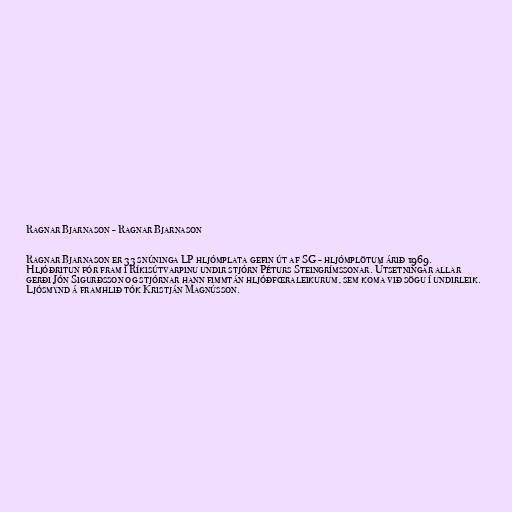
Ragnar Bjarnason - Ragnar Bjarnason

Ragnar Bjarnason er 33 snúninga LP hljómplata gefin út af SG - hljómplötum árið 1969.
Hljóðritun fór fram í Ríkisútvarpinu undir stjórn Péturs Steingrímssonar. Útsetningar allar
gerði Jón Sigurðsson og stjórnar hann fimmtán hljóðfœraleikurum, sem koma við sögu í undirleik.
Ljósmynd á framhlið tók Kristján Magnússon.